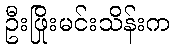
ဦးဖြိုးမင်းသိန်းက